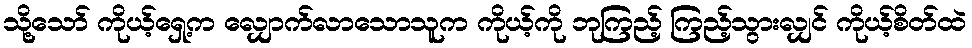
သို့သော် ကိုယ့်ရှေ့က လျှောက်လာသောသူက ကိုယ့်ကို ဘုကြည့် ကြည့်သွားလျှင် ကိုယ့်စိတ်ထဲ